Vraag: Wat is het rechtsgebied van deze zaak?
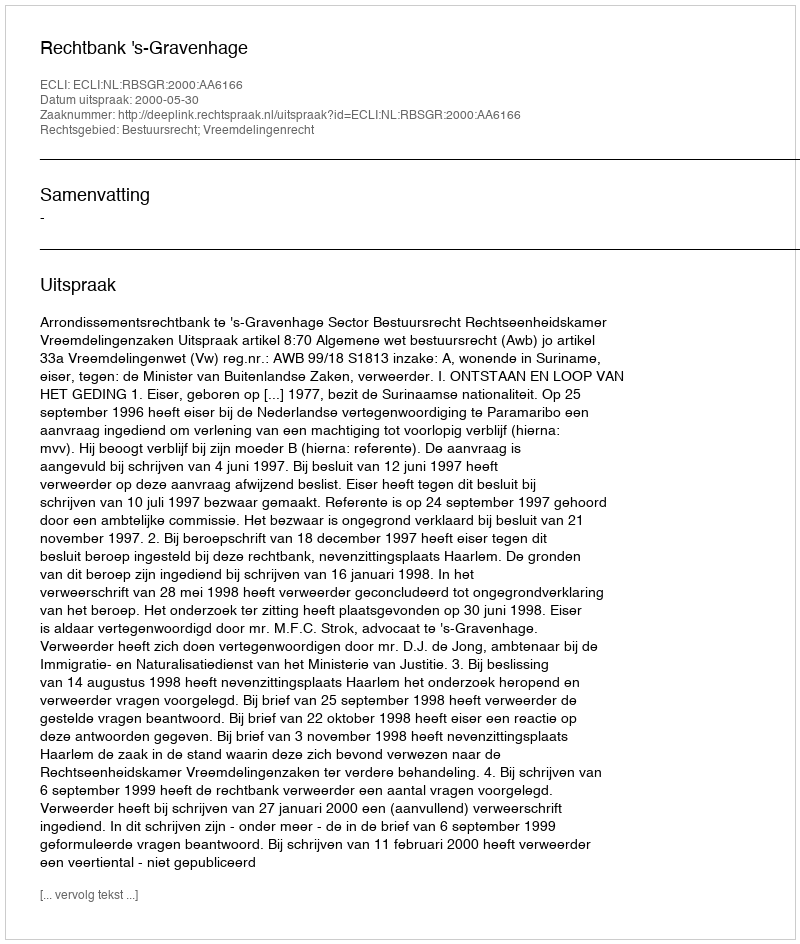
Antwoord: Bestuursrecht; Vreemdelingenrecht